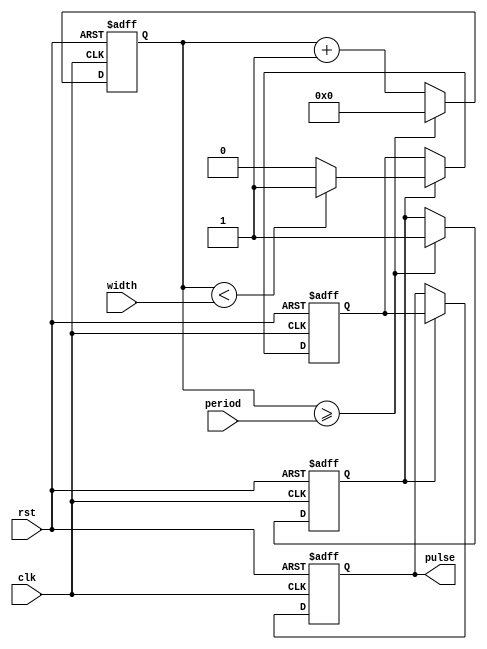
module pulse_generator(
  input clk,
  input rst,
  input [7:0] width,
  input [9:0] period,
  output reg pulse
);

reg [9:0] count = 0;
reg gen_pulse = 0;
reg sync_pulse = 0;

always @(posedge clk or posedge rst) begin
  if (rst) begin
    count <= 0;
    gen_pulse <= 0;
    sync_pulse <= 0;
    pulse <= 0;
  end else begin
    count <= count + 1;
    
    if (count >= period) begin
      count <= 0;
      sync_pulse <= 1;
    end
    
    if (sync_pulse) begin
      pulse <= gen_pulse;
      if (count < width) begin
        gen_pulse <= 1;
      end else begin
        gen_pulse <= 0;
      end
    end
  end
end

endmodule